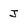
Character: J